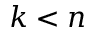
k < n